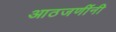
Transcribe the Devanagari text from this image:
आठजणींनी